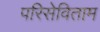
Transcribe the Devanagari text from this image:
परिसेविताम